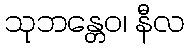
သုဘန္တေဝ၊ နီလ